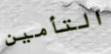
التأمين